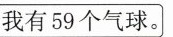
我有59个气球。